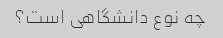
چه نوع دانشگاهی است؟